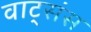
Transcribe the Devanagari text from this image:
वाट्संस